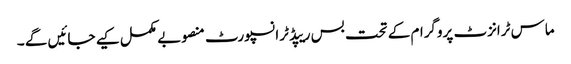
ماس ٹرانزٹ پروگرام کے تحت بس ریپڈ ٹرانسپورٹ منصوبے مکمل کیے جائیں گے ۔